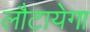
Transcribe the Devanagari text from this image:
लौटायेगा